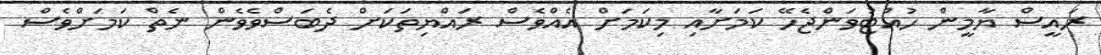
ރައީސް ޔާމީން ހުއްޓުވަންޖެހޭ ކަމަށާއި މިކަމަށް އެއްވެސް ރައްޔިތަކަށް ދެބަސްވެވެން ނެތް ކަމަށްވެސް